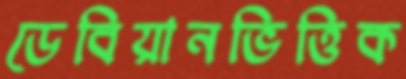
ডেবিয়ানভিত্তিক